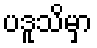
ပဒူသိမှာ